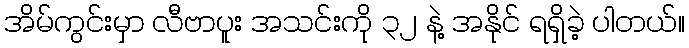
အိမ်ကွင်းမှာ လီဗာပူး အသင်းကို ၃၂ နဲ့ အနိုင် ရရှိခဲ့ ပါတယ်။